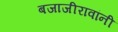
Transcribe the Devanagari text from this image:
बजाजीरावांनी